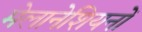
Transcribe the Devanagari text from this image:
मेलानेशियनों